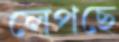
লেপছে